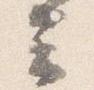
云